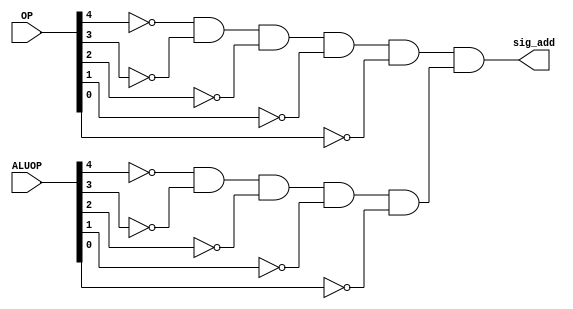
module min_add(OP, ALUOP, sig_add);
	// min stands for Minterms
	// here we got just one term: sig_add = OP[0]' AND OP[1]' AND ...
	input [4:0] OP, ALUOP;
	output sig_add;
	
	wire op_and, aluop_and;
	and myOP_and (op_and, ~OP[4], ~OP[3], ~OP[2], ~OP[1], ~OP[0]);
	and myALUOP_and (aluop_and, ~ALUOP[4], ~ALUOP[3], ~ALUOP[2], ~ALUOP[1], ~ALUOP[0]);
	
	and final (sig_add, op_and, aluop_and);
	
endmodule